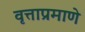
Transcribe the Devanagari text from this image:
वृत्ताप्रमाणे